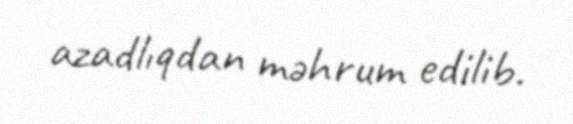
azadlıqdan məhrum edilib.